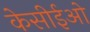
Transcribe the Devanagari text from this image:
केसीईओ